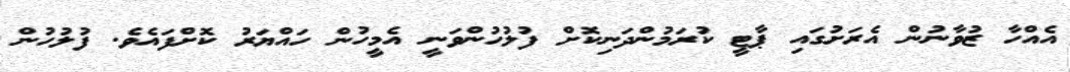
އެއްހާ ޒުވާނުން އެރަށުގައި ޕާޓީ ކުރަމުންދަނިކޮށް ފުލުހުންވަނީ އެމީހުން ހައްޔަރު ކޮށްފައެވެ. ފުލުހުން